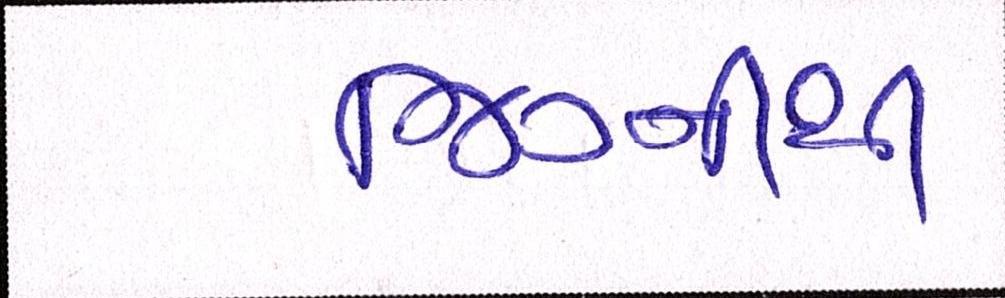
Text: જિગ્નીથી